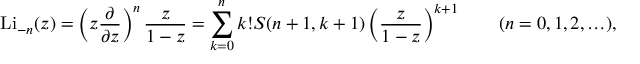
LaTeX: \operatorname { L i } _ { - n } ( z ) = \left( z { \frac { \partial } { \partial z } } \right) ^ { n } { \frac { z } { 1 - z } } = \sum _ { k = 0 } ^ { n } k ! S ( n + 1 , k + 1 ) \left( { \frac { z } { 1 - z } } \right) ^ { k + 1 } \qquad ( n = 0 , 1 , 2 , \ldots ) ,